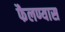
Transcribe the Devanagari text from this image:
फैलण्यास